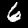
Label: 6